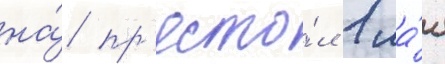
на́ пр'есто́л 1 ма́я